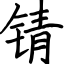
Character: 锖